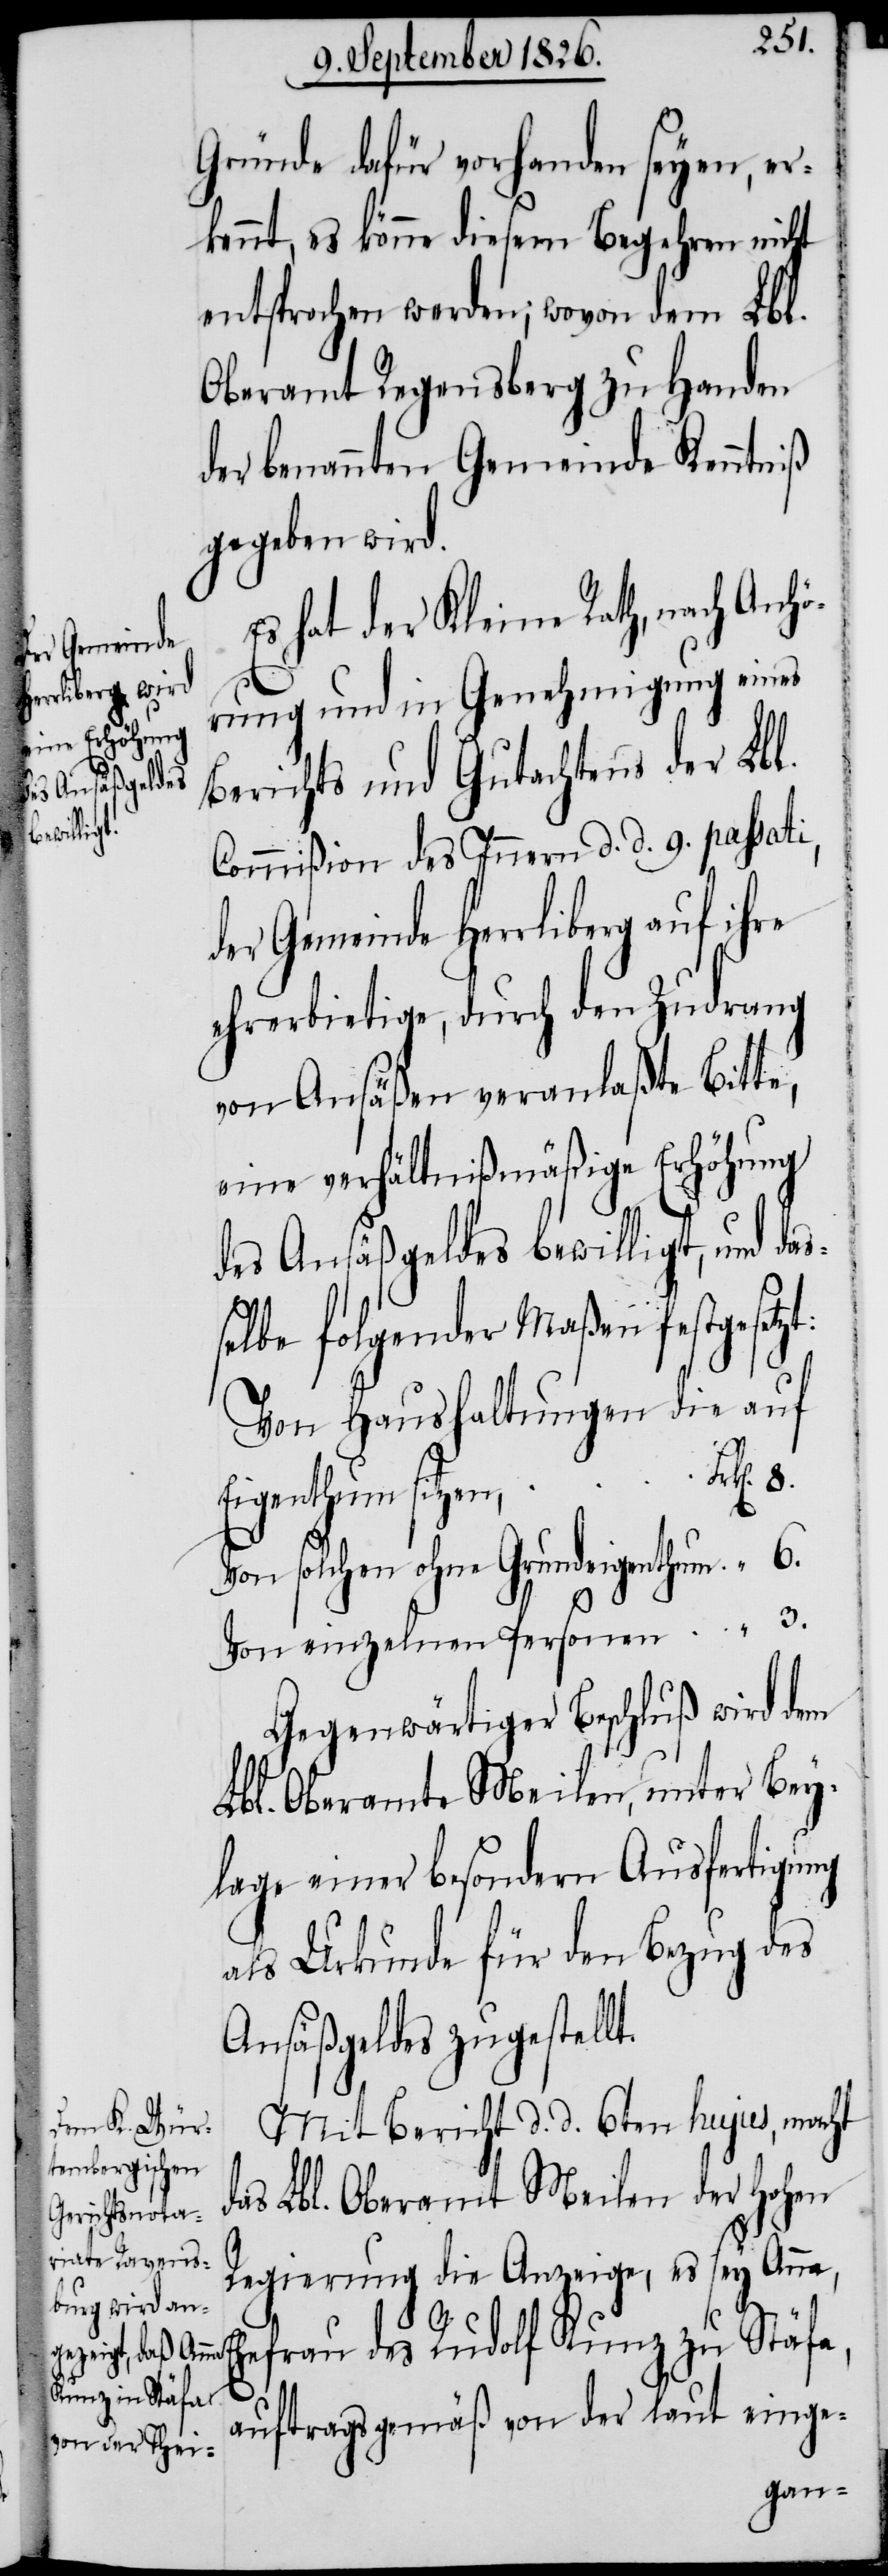
solchen

Gründe dafür vorhanden seyen, er¬
kennt, es könne diesem Begehren nicht
entsprochen werden; wovon dem Lbl.
Oberamt Regensberg zu Handen
der benannten Gemeinde Kenntniß
gegeben wird.
Es hat der Kleine Rath, nach Anhö¬
rung und in Genehmigung eines
Berichts und Gutachtens der Lbl.
Commißion des Innern d. d. 9. passati,
der Gemeinde Herrliberg auf ihre
ehrerbietige, durch den Zudrang
von Ansäßen veranlaßte Bitte,
eine verhältnißmäßige Erhöhung
des Ansäßgeldes bewilligt, und da¬
selbe folgender Maßen festgeset¬
Von Haushaltungen die auf
Eigenthum sitzen,
Gegenwärtiger Beschluß wird dem
Lbl. Oberamte Meilen, unter Bey¬
legung einer besondern Ausfertigung
als Urkunde für den Bezug des
Ansäßgeldes zugestellt.
Mit Bericht d. d. 6ten hujus, macht
as Lbl. Oberamt Meilen der hohen
Regierung die Anzeige, es sey Anna,
E¬
hefrau des Rudolf Kunz zu Stäfa,
auftragsgemäß von der laut einge-